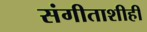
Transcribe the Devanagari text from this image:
संगीताशीही